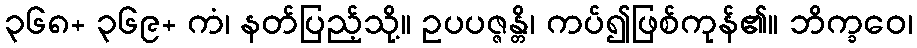
၃၆၈+ ၃၆၉+ ကံ၊ နတ်ပြည့်သို့။ ဥပပဇ္ဇန္တိ၊ ကပ်၍ဖြစ်ကုန်၏။ ဘိက္ခဝေ၊